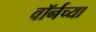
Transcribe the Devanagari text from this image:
वॉर्नच्या